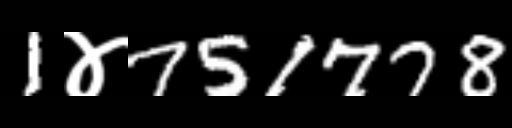
Text: 1४751778